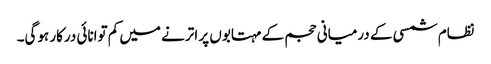
نظام شمسی کے درمیانی حجم کے مہتابوں پر اترنے میں کم توانائی درکار ہوگی۔